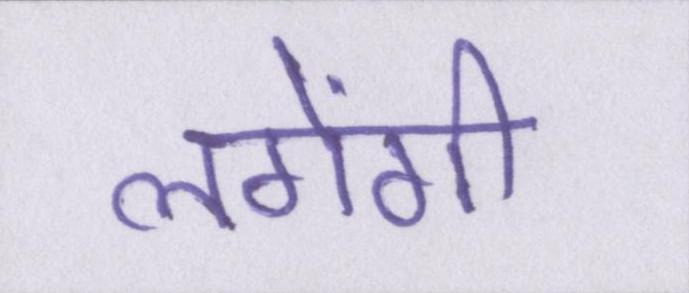
लगेंगी